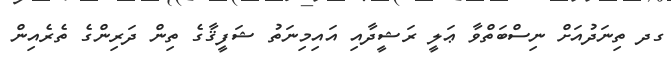
ގދ ތިނަދުއަށް ނިސްބަތްވާ ޢަލީ ރަޝީދާއި އައިމިނަތު ޝަފީޤާގެ ތިން ދަރިންގެ ތެރެއިން